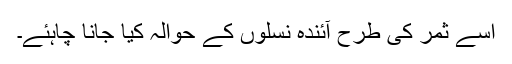
اسے ثمر کی طرح آئندہ نسلوں کے حوالہ کیا جانا چاہئے۔